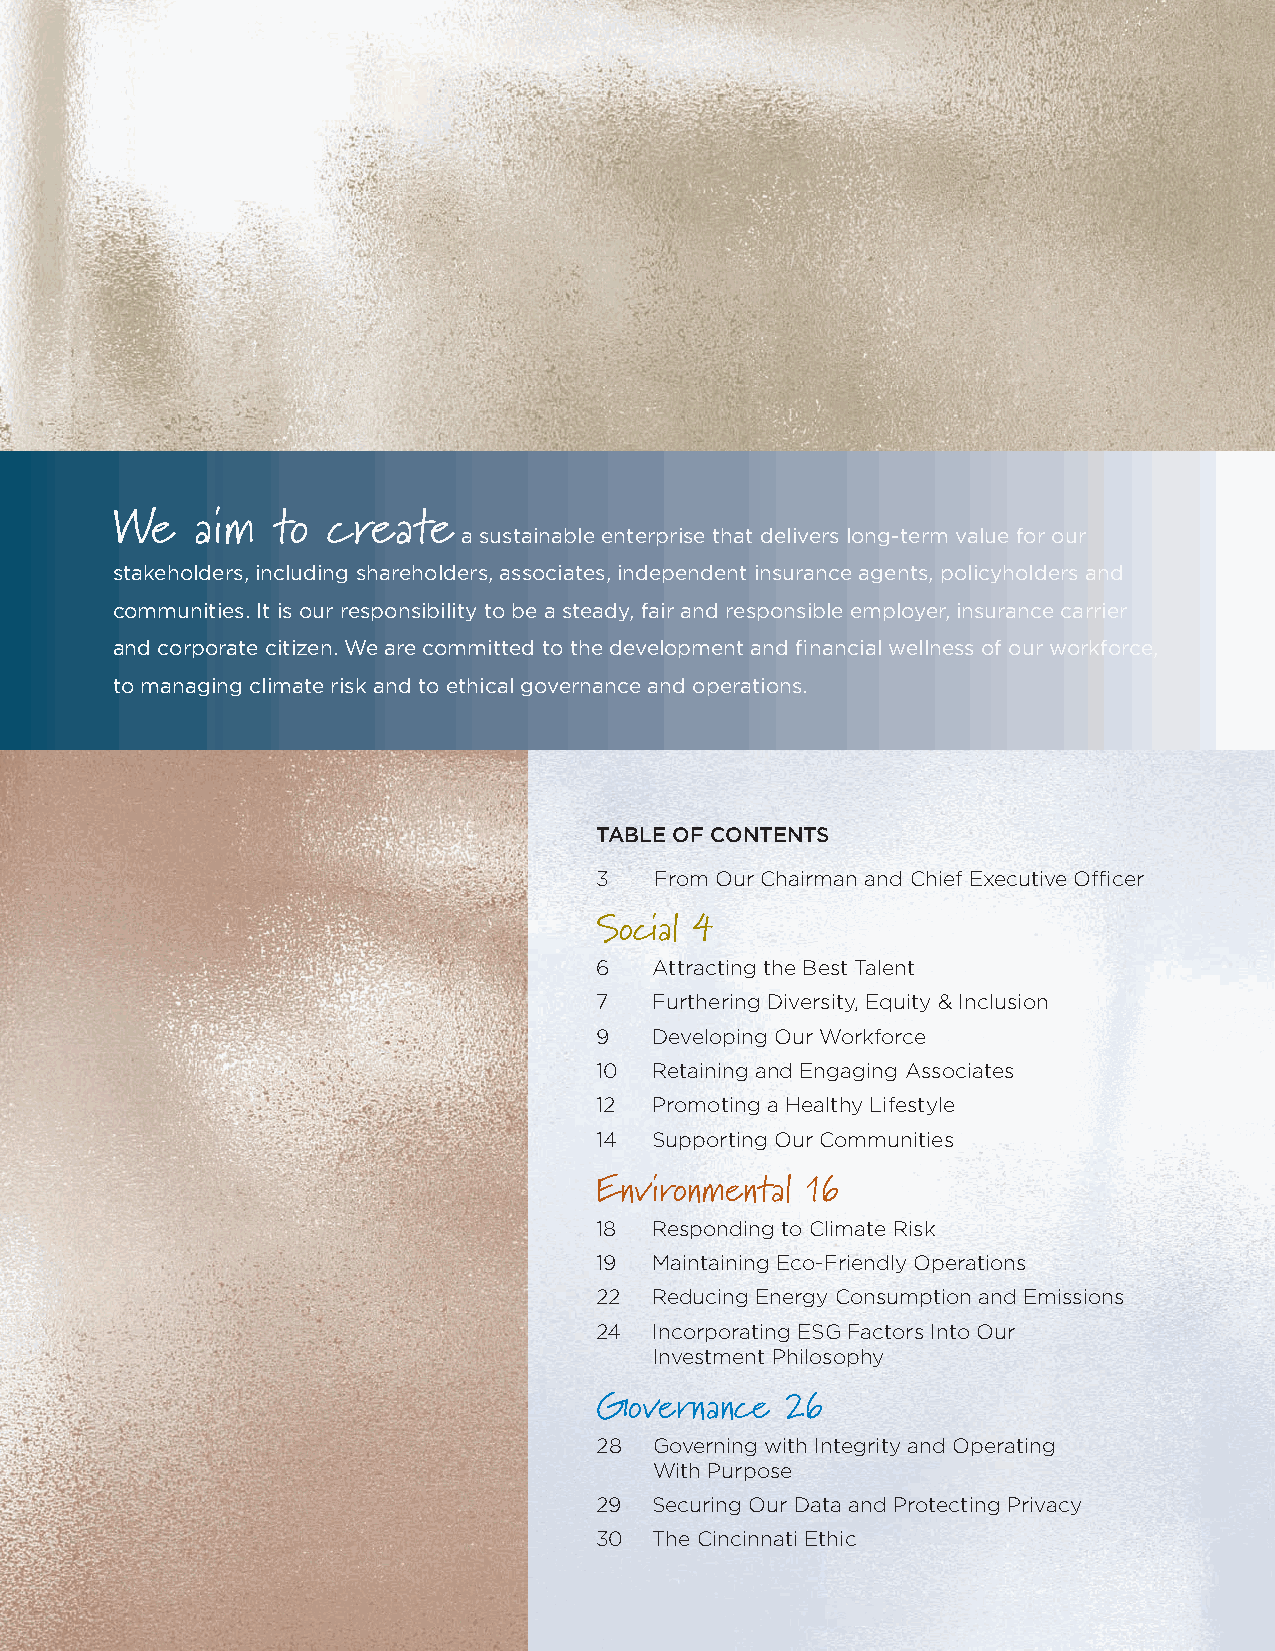
We    aim  to  create
 a sustainable enterprise that delivers long-term value for our
 stakeholders, including shareholders, associates, independent insurance agents, policyholders and
 communities. It is our responsibility to be a steady, fair and responsible employer, insurance carrier
 and corporate citizen. We are committed to the development and fi nancial wellness of our workforce,
 to managing climate risk and to ethical governance and operations.
 TABLE OF CONTENTS
 3   From Our Chairman and Chief Executive Offi cer
 Social 4
 6   Attracting the Best Talent
 7   Furthering Diversity, Equity & Inclusion
 9   Developing Our Workforce
 10  Retaining and Engaging Associates
 12  Promoting a Healthy Lifestyle
 14  Supporting Our Communities
 Environmental 16
 18  Responding to Climate Risk
 19  Maintaining Eco-Friendly Operations
 22  Reducing Energy Consumption and Emissions
 24  Incorporating ESG Factors Into Our
 Investment Philosophy
 Governance   26
 28  Governing with Integrity and Operating
 With Purpose
 29  Securing Our Data and Protecting Privacy
 30  The Cincinnati Ethic